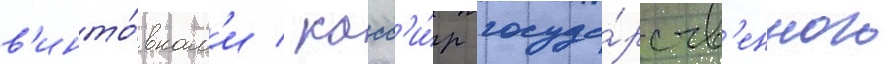
в'инто́вкам'и / касс'и́р госуда́рств'енного